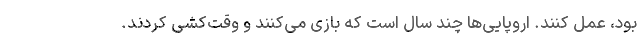
بود، عمل کنند. اروپایی‌ها چند سال است که بازی می‌کنند و وقت‌کشی کردند.